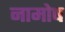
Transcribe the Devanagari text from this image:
नामोष